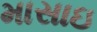
માસાઇ